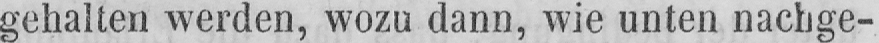
gehalten werden, wozu dann, wie unten nachge-